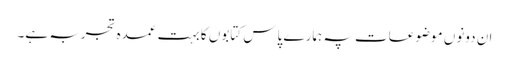
ان دونوں موضوعات پہ ہمارے پاس کتابوں کا بہت عمدہ تجربہ ہے۔